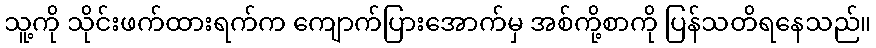
သူ့ကို သိုင်းဖက်ထားရက်က ကျောက်ပြားအောက်မှ အစ်ကို့စာကို ပြန်သတိရနေသည်။